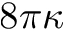
8 \pi \kappa